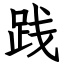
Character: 践